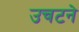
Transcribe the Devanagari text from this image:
उचटने